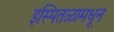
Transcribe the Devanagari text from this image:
इस्पितळामधून